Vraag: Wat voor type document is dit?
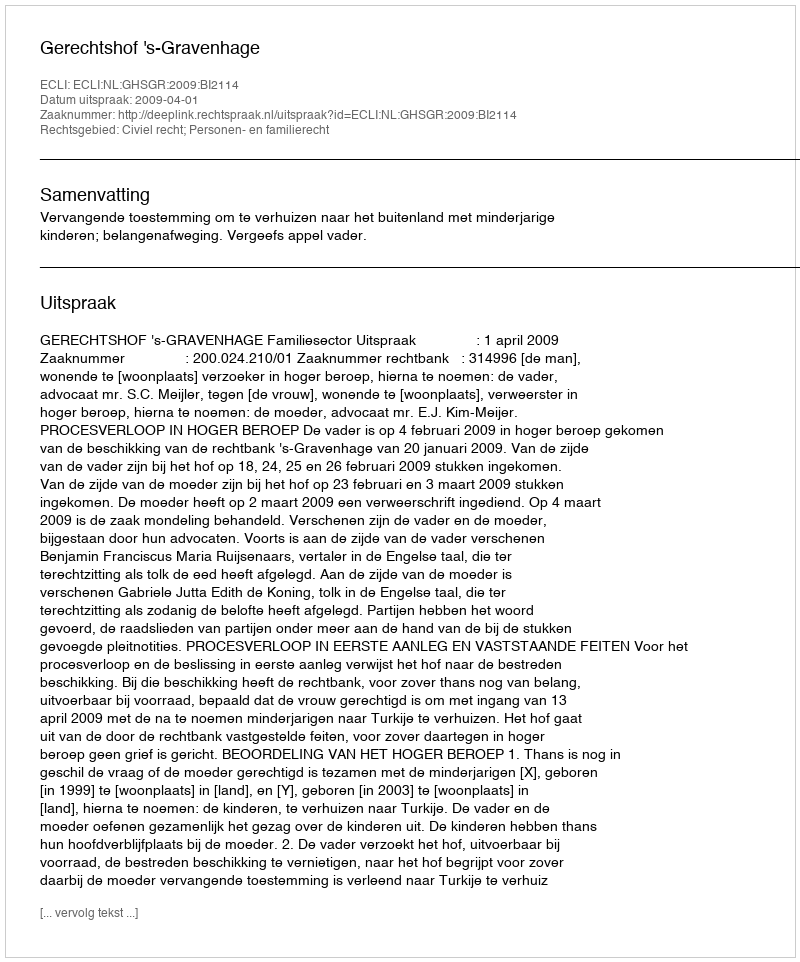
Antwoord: Uitspraak